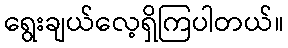
ရွေးချယ်လေ့ရှိကြပါတယ်။